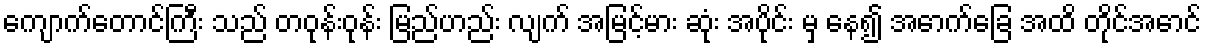
ကျောက်တောင်ကြီး သည် တဝုန်းဝုန်း မြည်ဟည်း လျက် အမြင့်မား ဆုံး အပိုင်း မှ နေ၍ အောက်ခြေ အထိ တိုင်အောင်